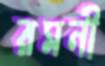
রমনী